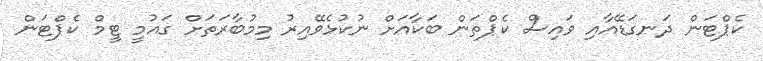
ކެޕްޓަން ދަނގަޑޭއާއި ވައިސް ކެޕްތަން ބަކާއަށް ނުކުޅެވޭއިރު މިމުބާރަތަށް ގައުމީ ޓީމް ކެޕްޓަން